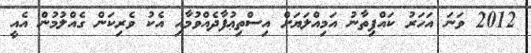
2012 ވަނަ އަހަރު ކައްޕިތާނު އަމިއްލަޔަށް އިސްތިޢުފާދެއްވުމާއި އެކު ވެރިކަން ގެއްލުމުން އެއީ